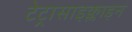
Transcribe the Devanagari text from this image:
टेट्रासाइक्लाइन